NAE_ERA_R-30_Eesti_Riiklik_Spordiamet, lk 206
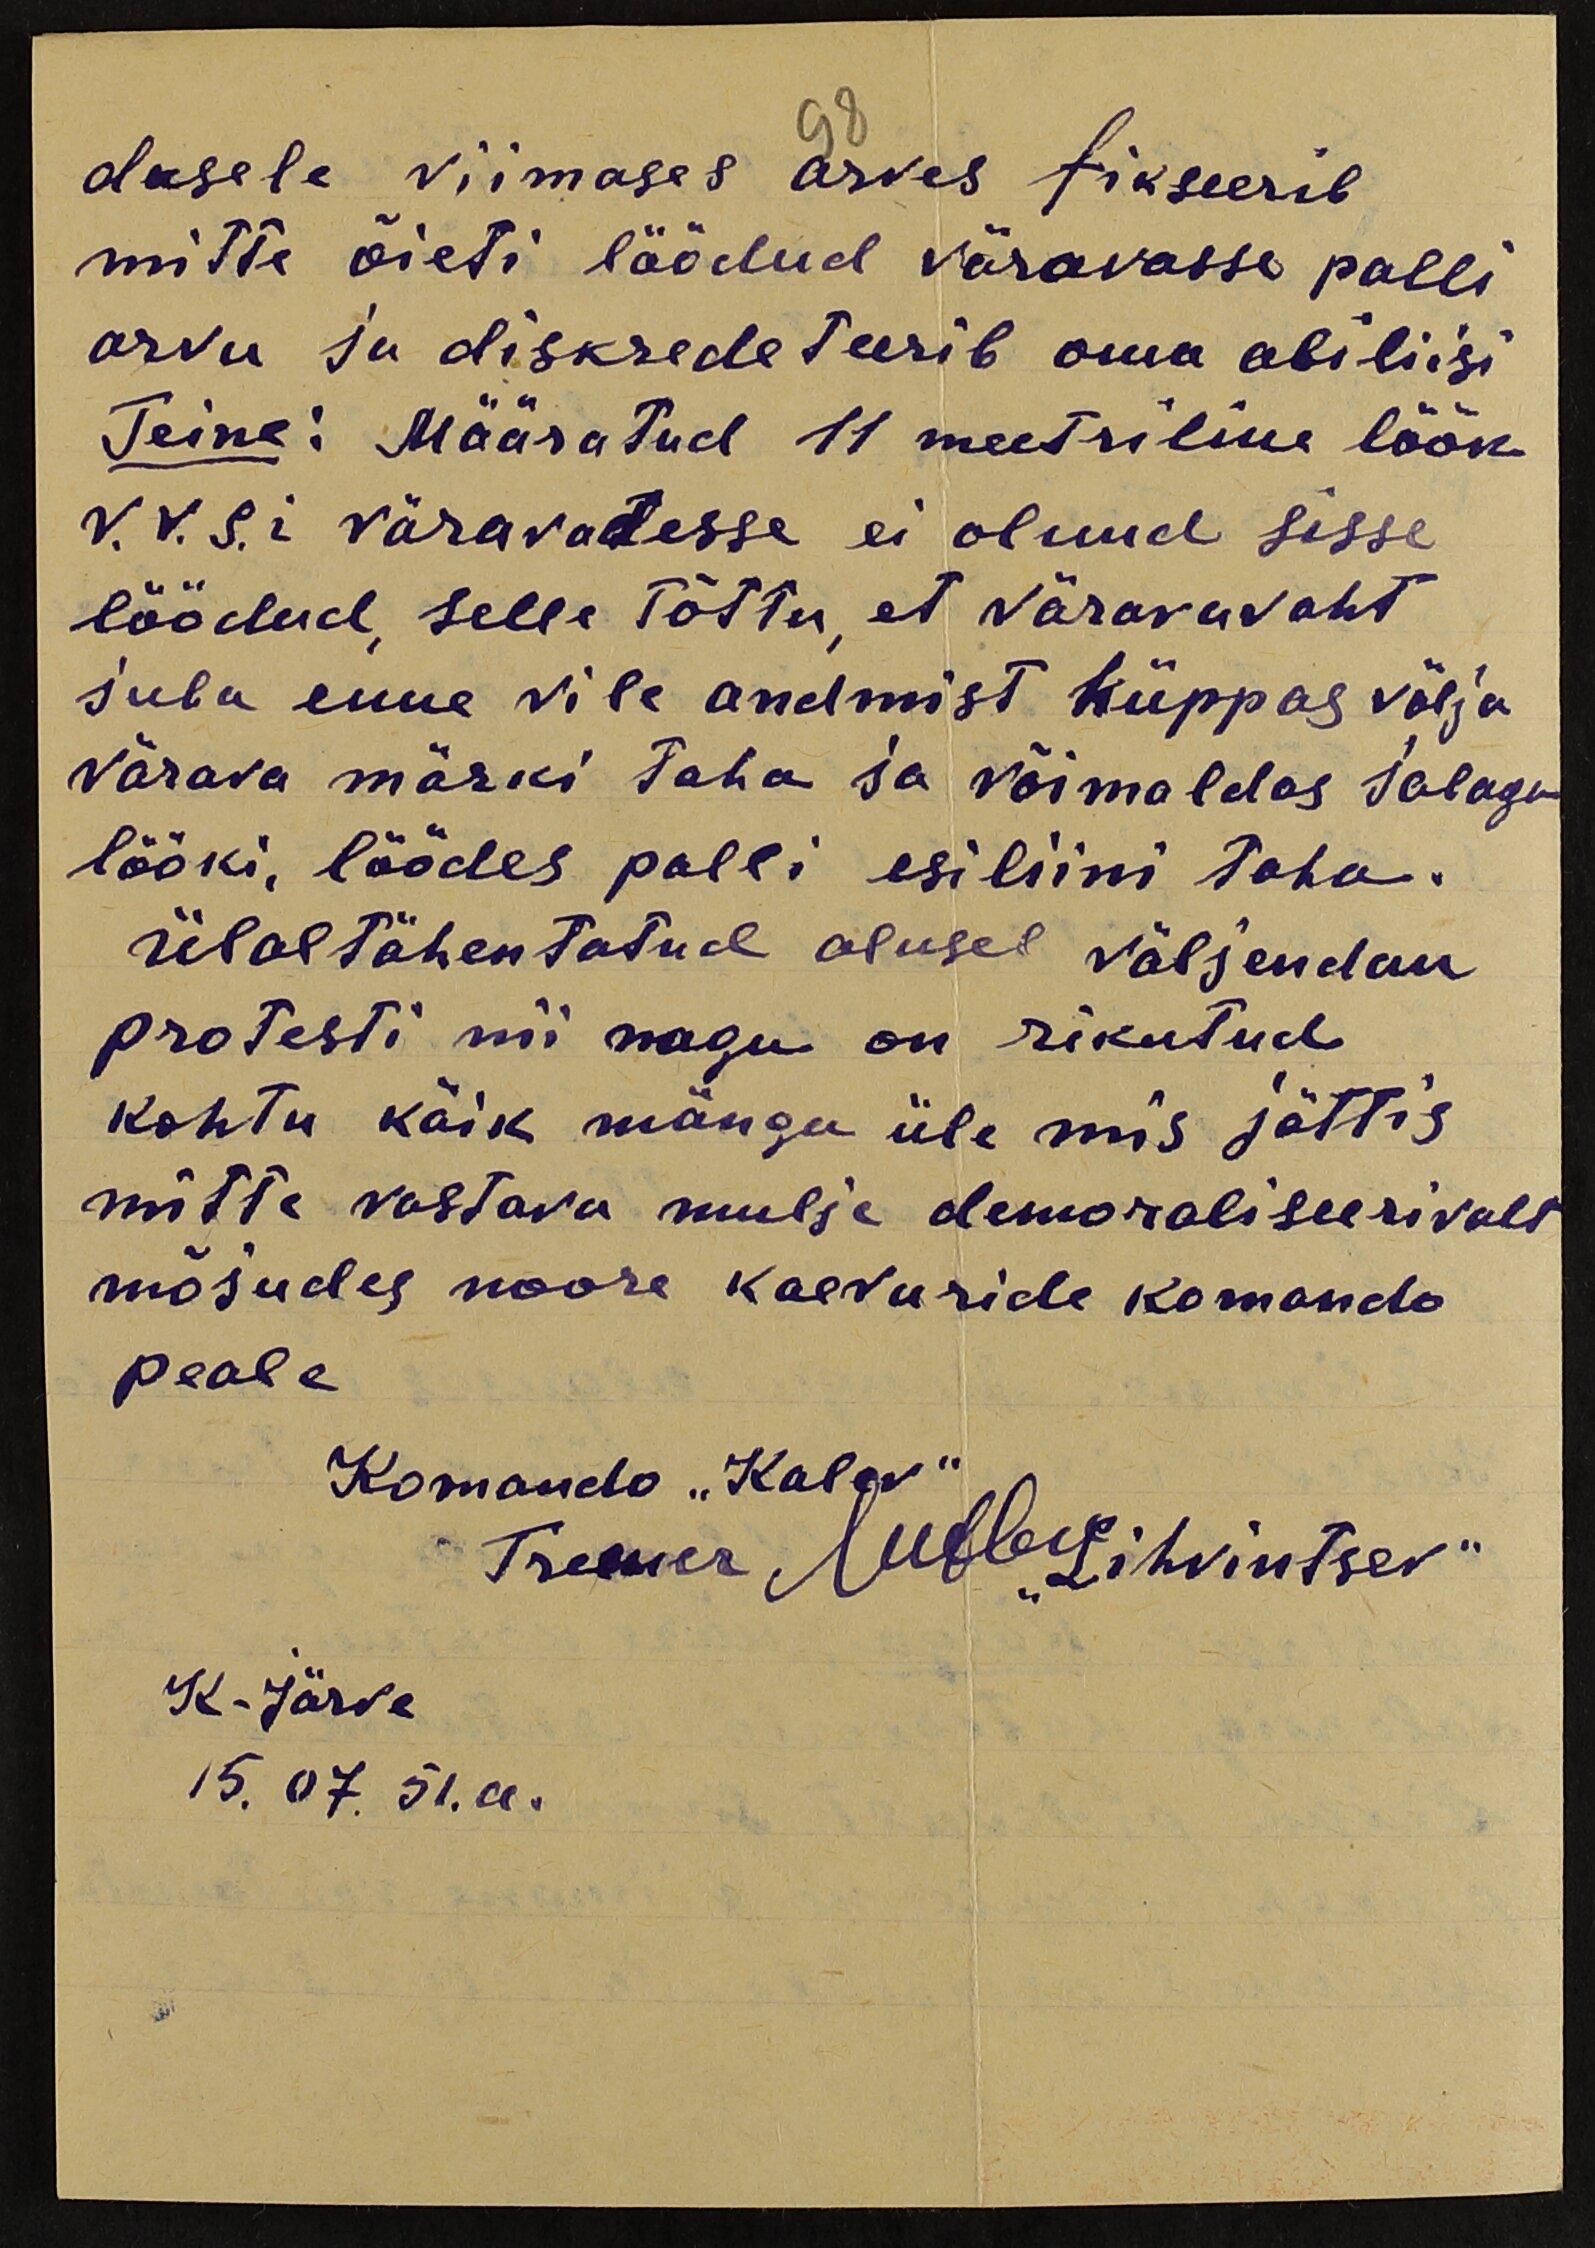
dusele viimases arves fikseerib
mitte õieti löödud väravasse palli
arvu ja diskredeteerib oma abiliisi
Teine: Määratud 11 meetriline löök
V.V.S.i väravatesse ei olnud sisse
löödud, selle tõttu, et väravavaht
juba enne vile andmist hüppas välja
värava märki taha ja võimaldas jalaga
lööki, löödes palli esiliini taha.
Ülaltähentatud alusel väljendan
protesti nii nagu on rikutud
kohtu käik mängu üle mis jättis
mitte vastava mulje demoraliseerivalt
mõjudes noore kaevuride komando
peale
Komando "Kalev"
Treener
K-Järve
15. 07. 51.a.